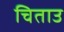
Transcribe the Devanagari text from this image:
चिताउ